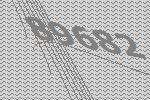
89682